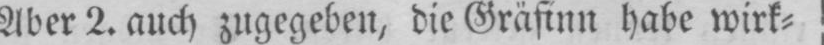
Aber 2. auch zugegeben, die Gräfinn habe wirk⸗